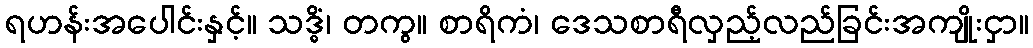
ရဟန်းအပေါင်းနှင့်။ သဒ္ဓိံ၊ တကွ။ စာရိကံ၊ ဒေသစာရီလှည့်လည်ခြင်းအကျိုးငှာ။